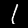
Digit: 1